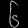
Digit: ၆